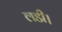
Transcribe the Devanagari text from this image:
लडी।